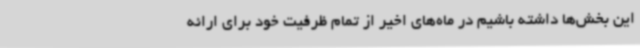
این بخش‌ها داشته باشیم در ماه‌های اخیر از تمام ظرفیت خود برای ارائه